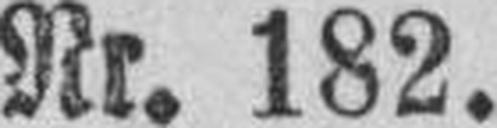
Nr. 182.